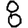
Digit: 8